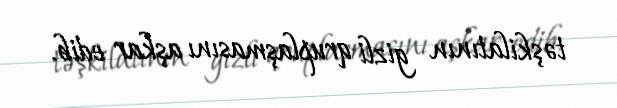
təşkilatının gizli qruplaşmasını aşkar edib.